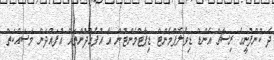
ދެ ކުންފުނީގެ ރިސާޗް އެންޑް ޑިވެލޮޕްމެންޓް ޑިޕާޓްމެންޓުން އާ އުފެއްދުންތައް އުފައްދަން މަސައްކަތް